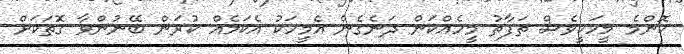
ކޮންމެ މީހަކީވެސް ތަފާތު މީހެއްކަން ދަނެގެން އެމީހަކު އެކަމެއް ކުރަން ބޭނުންވާ ގޮތަކަށް